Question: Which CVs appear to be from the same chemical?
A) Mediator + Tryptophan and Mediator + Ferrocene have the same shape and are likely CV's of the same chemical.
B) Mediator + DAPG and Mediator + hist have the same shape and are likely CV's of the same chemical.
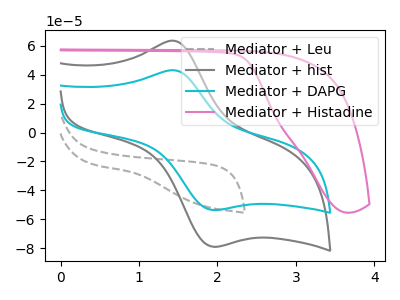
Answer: <think>The gray dashed curve "Mediator + Leu" has no peaks. The gray curve "Mediator + hist" has an anodic peak at (1.45V, 63.15uA) and a cathodic peak at (1.95V, -78.90uA). The cyan curve "Mediator + DAPG" has an anodic peak at (1.45V, 42.85uA) and a cathodic peak at (1.95V, -53.55uA). The pink curve "Mediator + Histadine" has no peaks.
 "Mediator + Leu" and "Mediator + hist" have a different number of peaks. "Mediator + Leu" and "Mediator + DAPG" have a different number of peaks. Neither "Mediator + Leu" or "Mediator + Histadine" have any peaks. All the peaks in "Mediator + hist" have a peak in "Mediator + DAPG" at the same potential. Every peak in "Mediator + hist" is higher than every peak in "Mediator + DAPG". "Mediator + hist" and "Mediator + Histadine" have a different number of peaks. "Mediator + DAPG" and "Mediator + Histadine" have a different number of peaks.</think>
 <answer>B) "Mediator + DAPG" and "Mediator + hist" have the same shape and are likely CV's of the same chemical.</answer>
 <eval>B</eval>